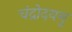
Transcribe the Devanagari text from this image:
चंद्रोदयमु